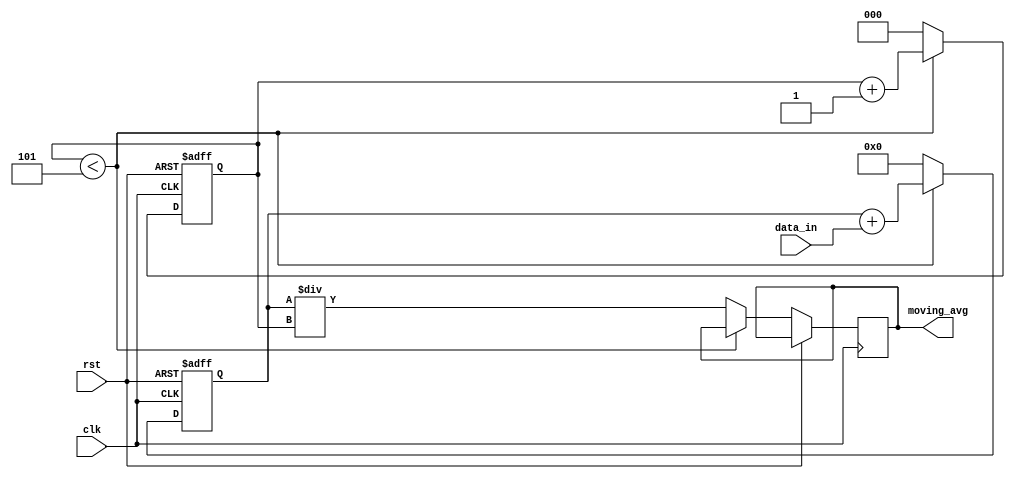
module moving_average_accumulator (
    input wire clk,
    input wire rst,
    input wire [7:0] data_in,
    output reg [7:0] moving_avg
);

reg [7:0] sum = 8'h00;
reg [2:0] counter = 3'b000;

always @(posedge clk or posedge rst) begin
    if (rst) begin
        sum <= 8'h00;
        counter <= 3'b000;
    end else begin
        if (counter < 3'b101) begin
            sum <= sum + data_in;
            counter <= counter + 1;
        end else begin
            moving_avg <= sum / counter;
            counter <= 3'b000;
            sum <= 8'h00;
        end
    end
end

endmodule